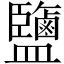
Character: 鹽